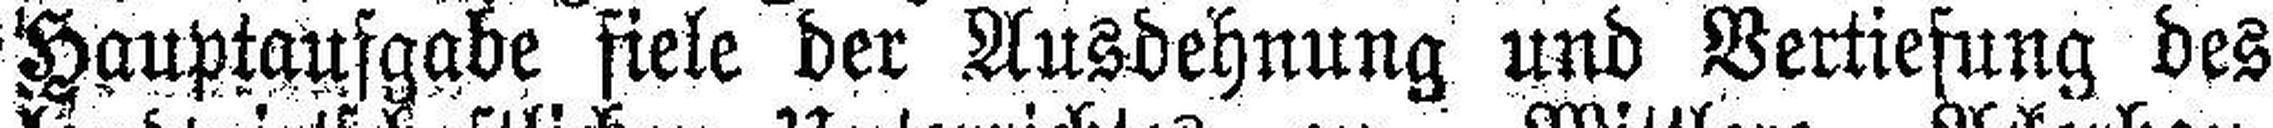
Hauptaufgabe fiele der Ausdehnung und Vertiefung des